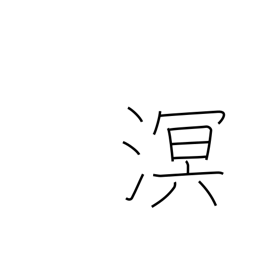
Meaning: dark